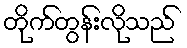
တိုက်တွန်းလိုသည်